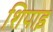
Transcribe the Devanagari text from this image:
शिपाइ